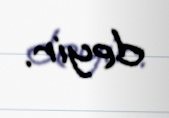
deyir.